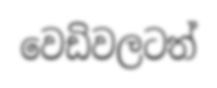
වෙඩිවලටත්